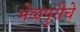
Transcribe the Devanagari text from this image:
भेळपुरीचे